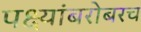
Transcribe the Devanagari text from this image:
पक्ष्यांबरोबरच